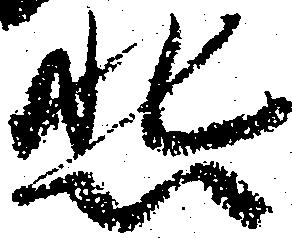
悲